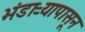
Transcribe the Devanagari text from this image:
भंडाऱ्यापासून